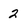
Character: 2